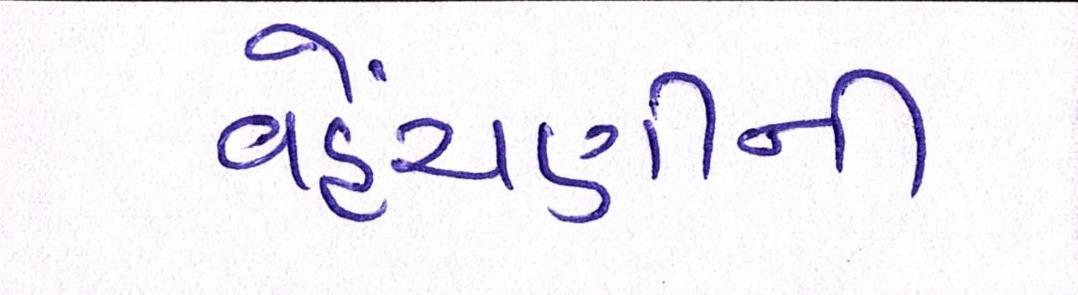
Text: વહેંચણીની